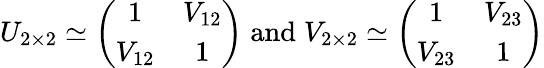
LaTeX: U_{2\times 2}\simeq\left(\begin{array}{cc}{{1}}&{{V_{12}}}\\ {{V_{12}}}&{{1}}\end{array}\right)\; \mathrm{and}\; V_{2\times 2}\simeq\left(\begin{array}{cc}{{1}}&{{V_{23}}}\\ {{V_{23}}}&{{1}}\end{array}\right)